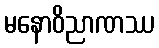
မနောဝိညာဏဿ